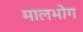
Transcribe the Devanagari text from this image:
मालभोग